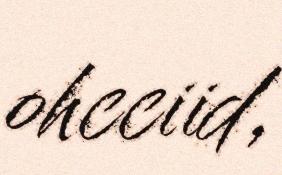
ohcciid,